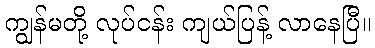
ကျွန်မတို့ လုပ်ငန်း ကျယ်ပြန့် လာနေပြီ။